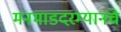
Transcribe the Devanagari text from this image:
मनमाडदरम्यानचे